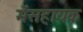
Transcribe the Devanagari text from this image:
मेंसहायक